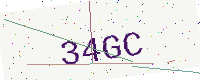
Text: 34GC